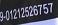
01212526757